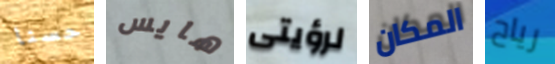
حسنا هايس لرؤيتى المكان رياح